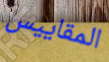
المقاييس